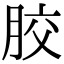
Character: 胶